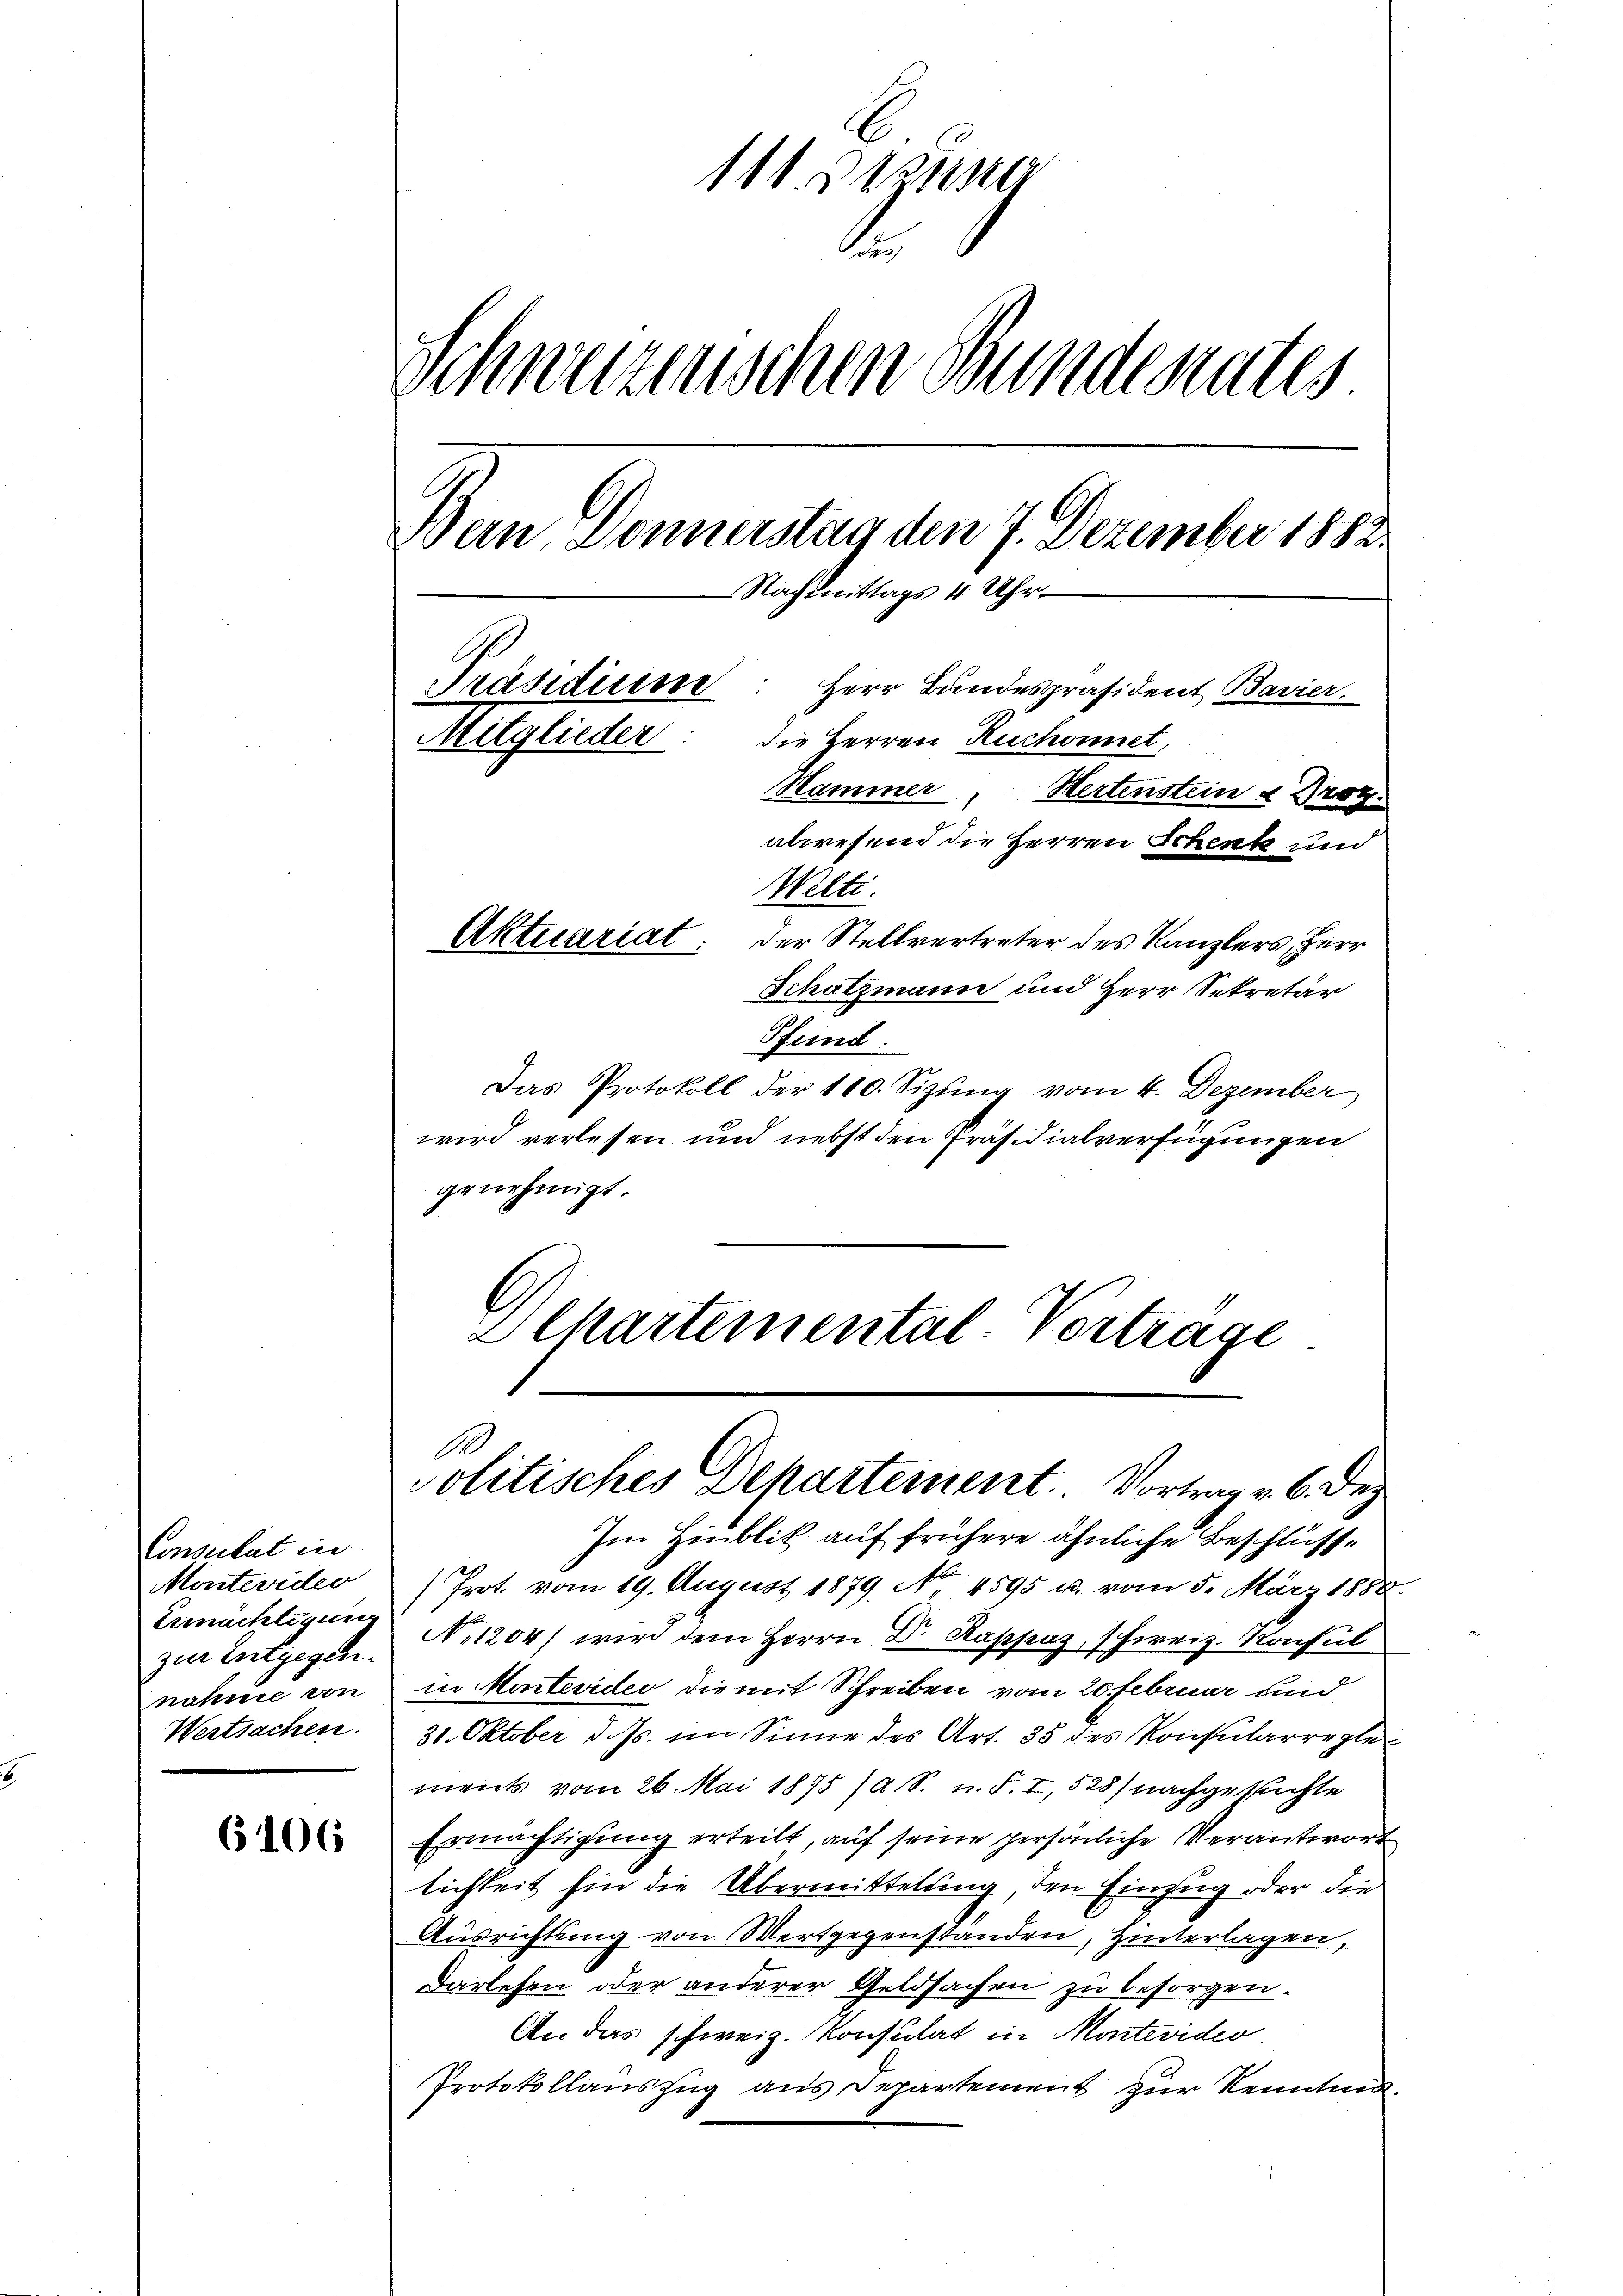
Consulat in
Montevideo
Ermächtigung
zur Entgegen.
nahme von
Wertsachen.

106

111. Dezung
Schweizenschen Bundesrates
Wein, Donnerstag den 7. Dezember 1882
Nachmittags 4 Uhr
Präsidium
Herr Bandespräsident Bavier.
Mitglieder
die Herren Ruchonet,
Hammer, Hertenstein Prof.
abwesend die Herren Schenk und
Welti.
Aktuariat: der Stellvertreter des Kanzlers, Herr

Schatzmann und Herr Sekretär
Pfund
Das Protokoll der 110. Sizŭng vom 4. Dezember
wird verlesen und nebst den Präsidialverfügungen
genehmigt.
Achartemental-Vertrage

.
solitisches Departement. Vortrag v. 6. Dez

Im Hinblik auf frühere ähnliche Beschlüsse
(Prot. vom 19. August 1879 No 4595 u. vom 5. März 1888.
N.1204) wird dem Herrn Dr. Rappaz, schweiz. Konsul
in Montevideo die mit Schreiben vom 20. Februar und
31. Oktober d. Js. im Sinne des Art. 35 des Konsularreglements vom 26. Mai 1875 /a S. n. F. I, 528) nachgesuchte
Ermächtigung erteilt, auf seine persönliche Verantwort
lichkeit hin die Übermittelung, den Einzug oder die
Ausrichtung von Wertgegenstanden, Hinterlagen,
Darlehen oder anderer Geldsachen zu besorgen.
An das schweiz. Konsulat in Montevider
Protokollauszug aus Departement zur Kenntni